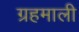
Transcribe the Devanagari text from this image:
ग्रहमाली